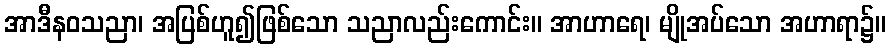
အာဒီနဝသညာ၊ အပြစ်ဟူ၍ဖြစ်သော သညာလည်းကောင်း။ အာဟာရေ၊ မျိုအပ်သော အဟာရာ၌။